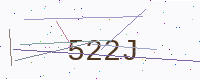
Text: 522J